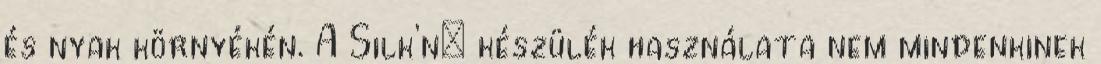
és nyak környékén. A Silk’n™ készülék használata nem mindenkinek